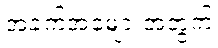
အခက်အခဲများအတွက်